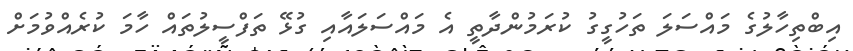
އިބްތިހާލުގެ މައްސަލަ ތަހުގީގު ކުރަމުންދާތީ އެ މައްސަލައާއި ގުޅޭ ތަފްސީލުތައް ހާމަ ކުރެއްވުމަށް